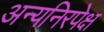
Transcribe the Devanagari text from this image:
अन्यनिरपेक्ष